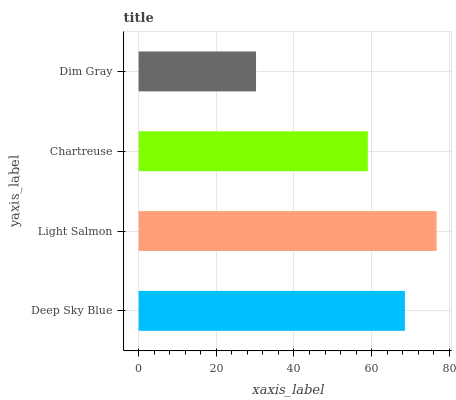
| yaxis_label | bars |
 | --- | --- |
 | Deep Sky Blue | 68.6 |
 | Light Salmon | 76.7 |
 | Chartreuse | 59 |
 | Dim Gray | 30.2 |